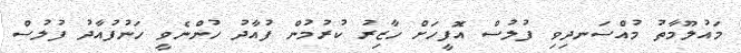
މައުލޫމާތު މުއްސަނދިވި ފުލުސް އޮފީހަށް ހާޒިރު ކުރުމުން ފުއާދު ހުންނެވީ ހަނުފުއާދު ފުލުސް